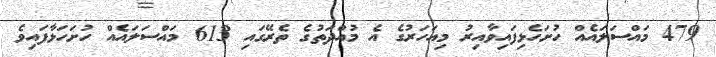
479 މައްސަލައެއް ހުށަހެޅިފައިވާއިރު މިއަހަރުގެ އެ މުއްދަތުގެ ތެރޭގައި 613 މައްސަލައެއް ހުށަހަޅާފައިވެ